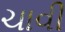
ચાવી